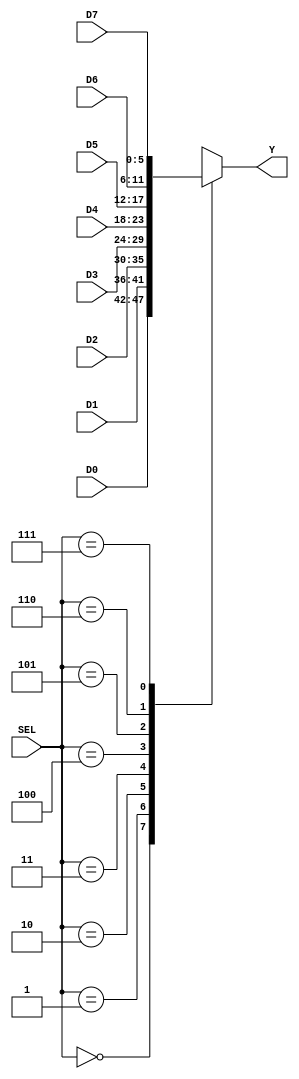
`timescale 1ns / 1ps
//////////////////////////////////////////////////////////////////////////////////
// Company: 
// 
// Design Name: 
// Module Name: main
// Project Name: 
// Target Devices: 
// Tool Versions: 
// Description: 
// 
// Dependencies: 
// 
// Revision:
// Revision 0.01 - File Created
// Additional Comments:
// 
//////////////////////////////////////////////////////////////////////////////////


module MUX_8a1_6b(
    input [2:0] SEL,
    input [5:0] D0, D1, D2, D3, D4, D5, D6, D7,
    output reg [5:0] Y     
);
    
    always @*
        case(SEL)
            3'b000: Y = D0;
            3'b001: Y = D1;
            3'b010: Y = D2;
            3'b011: Y = D3;
            3'b100: Y = D4;
            3'b101: Y = D5;
            3'b110: Y = D6;
            3'b111: Y = D7;
        endcase 

endmodule